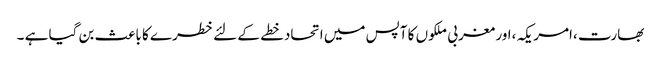
بھارت ،امریکہ ،اور مغربی ملکوں کا آپس میں اتحادخطے کے لئے خطرے کا باعث بن گیا ہے ۔